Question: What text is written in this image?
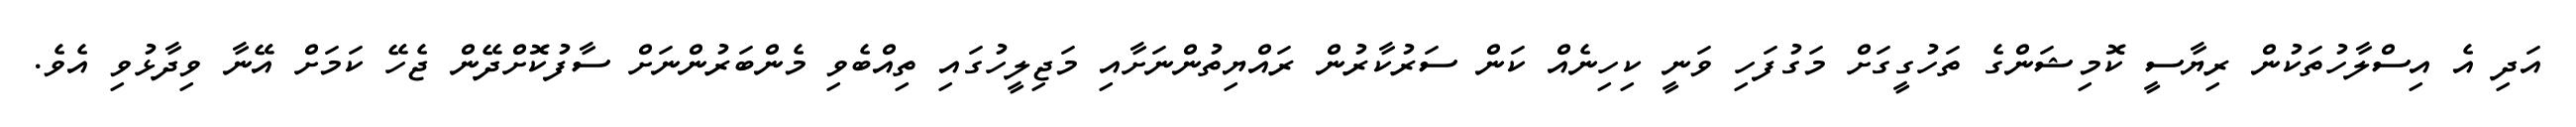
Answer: އަދި އެ އިސްލާހުތަކުން ރިޔާސީ ކޮމިޝަންގެ ތަހުގީގަށް މަގުފަހި ވަނީ ކިހިނެއް ކަން ސަރުކާރުން ރައްޔިތުންނަށާއި މަޖިލީހުގައި ތިއްބެވި މެންބަރުންނަށް ސާފުކޮށްދޭން ޖެހޭ ކަމަށް އޭނާ ވިދާޅުވި އެވެ.